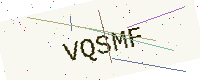
Text: VQSMF